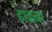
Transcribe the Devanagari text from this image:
ढाळ्या